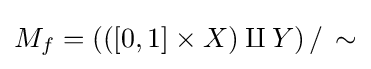
M_{f}=(([0,1]\times X)\amalg Y)\,/\,\sim